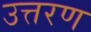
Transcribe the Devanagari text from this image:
उत्तरण